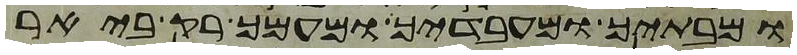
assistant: ומבתיך ומעבדיך ומעמך רק ביאר